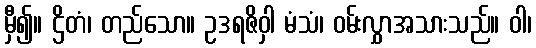
မှီ၍။ ဌိတံ၊ တည်သော။ ဥဒရဇိဝှါ မံသံ၊ ဝမ်းလွှာအသားသည်။ ဝါ၊